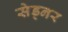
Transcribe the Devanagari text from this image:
सेड्नर